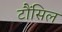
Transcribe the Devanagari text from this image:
टौंसिल